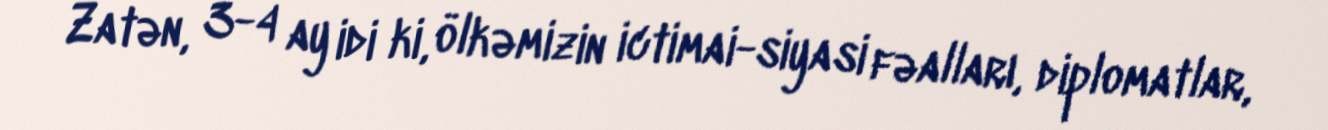
Zatən, 3-4 ay idi ki, ölkəmizin ictimai-siyasi fəalları, diplomatlar,